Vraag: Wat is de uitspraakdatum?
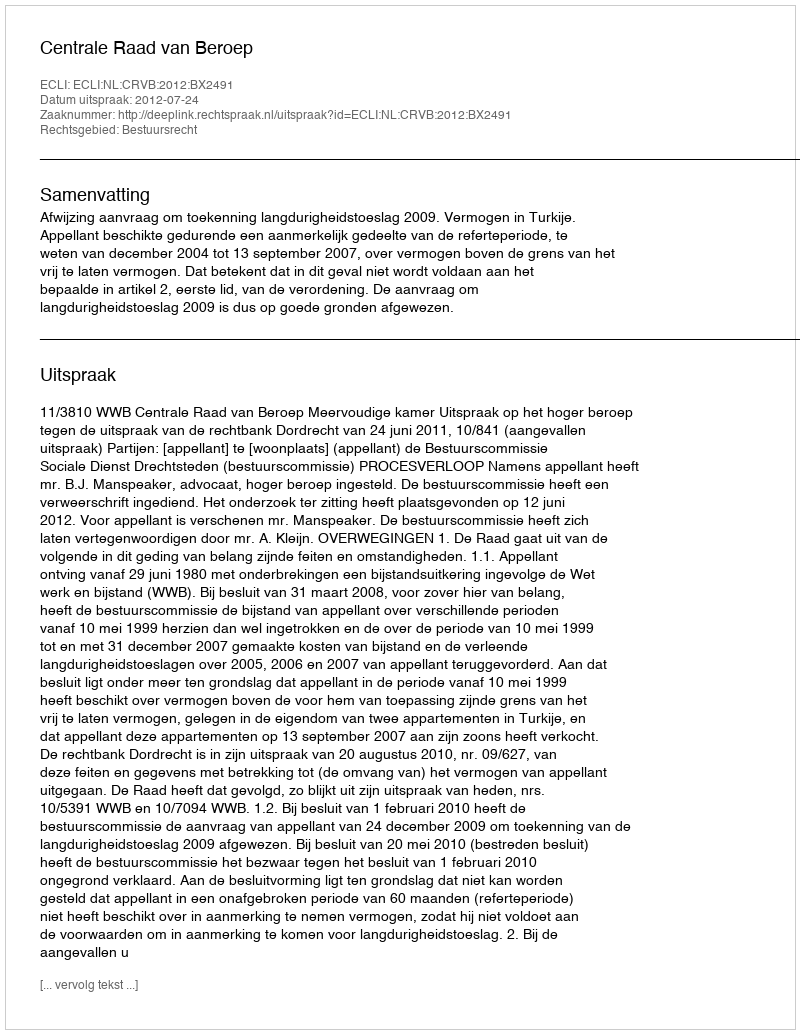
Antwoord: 2012-07-24